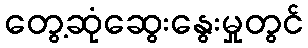
တွေ့ဆုံဆွေးနွေးမှုတွင်